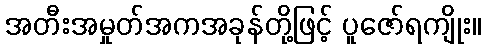
အတီးအမှုတ်အကအခုန်တို့ဖြင့် ပူဇော်ရကျိုး။